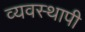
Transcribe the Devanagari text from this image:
व्यवस्थापी